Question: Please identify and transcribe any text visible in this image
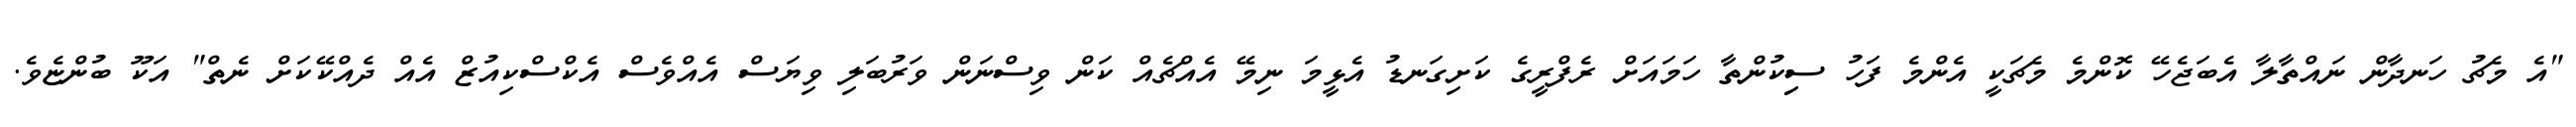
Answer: "އެ މެޗު ހަނދާން ނައްތާލާ އެބަޖެހޭ ކޮންމެ މެޗަކީ އެންމެ ފަހު ސިިކުންތާ ހަމައަށް ރެފްރީގެ ކަށިގަނޑު އެޅީމަ ނިމޭ އެއްޗެއް ކަން ވިސްނަން ވަރުބަލި ވިޔަސް އެއްވެސް އެކްސްކިއުޒް އެއް ދެއްކޭކަށް ނެތް" އަކޫ ބުންޏެވެ.